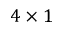
4 \times 1